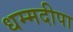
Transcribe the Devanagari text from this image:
धम्मदीपा